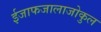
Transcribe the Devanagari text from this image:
ईजाफजालाजोकुल